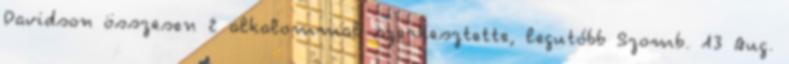
Davidson összesen 2 alkalommal szerkesztette, legutóbb Szomb. 13 Aug.